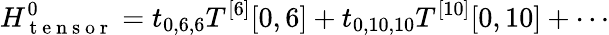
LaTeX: H_{\mathrm{~t~e~n~s~o~r~}}^{0}=t_{0,6,6}T^{[6]}[0,6]+t_{0,10,10}T^{[10]}[0,10]+\cdots